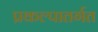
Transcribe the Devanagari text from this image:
प्रकल्पातर्गत